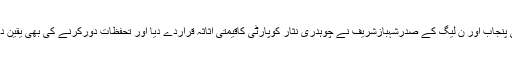
لاہور: وزیراعلیٰ پنجاب اور ن لیگ کے صدرشہبازشریف نے چوہدری نثار کوپارٹی کاقیمتی اثاثہ قراردے دیا اور تحفظات دورکرنے کی بھی یقین دہانی کرادی ہے۔